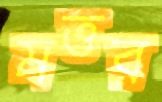
মত্তর